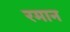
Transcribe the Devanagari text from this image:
रमान